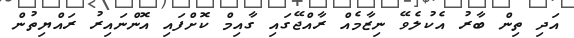
އަދި ތިން ބާރު އެކުލެވޭ ނިޒާމެއް ރާއްޖޭގައި ގާއިމް ކޮށްފައި އޮންނައިރު ރައްޔިތުން